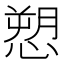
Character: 愬